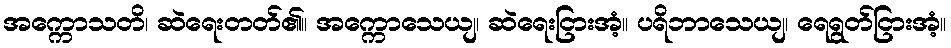
အက္ကောသတိ၊ ဆဲရေးတတ်၏။ အက္ကောသေယျ၊ ဆဲရေးငြားအံ့။ ပရိဘာသေယျ၊ ရေရွတ်ငြားအံ့။